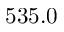
5 3 5 . 0